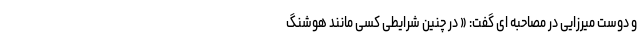
و دوست میرزایی در مصاحبه ای گفت: « در چنین شرایطی کسی مانند هوشنگ